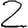
Digit: 2